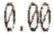
0.00